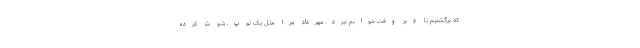
که برگشتیم تا دیر وقت خوابم نبرد. مهرداد مرا مثل یک توپ، شوت کرده